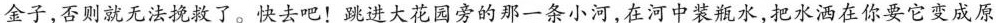
金子，否则就无法挽救了。快去吧！跳进大花园旁的那一条小河，在河中装瓶水，把水洒在你要它变成原